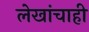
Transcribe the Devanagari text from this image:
लेखांचाही